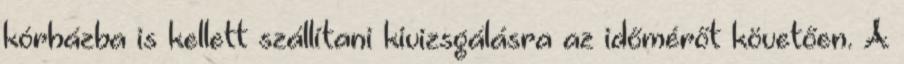
kórházba is kellett szállítani kivizsgálásra az időmérőt követően. A